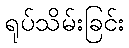
ရုပ်သိမ်းခြင်း